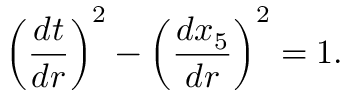
\left( \frac { d t } { d r } \right) ^ { 2 } - \left( \frac { d x _ { 5 } } { d r } \right) ^ { 2 } = 1 .